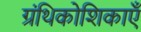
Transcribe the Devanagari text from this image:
ग्रंथिकोशिकाएँ